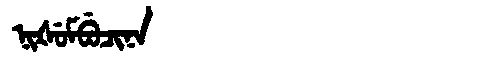
Manchu: ᠨᡳᡧᡠᠮᠪᡠᠴᡳᠨᠠ
Romanization: NIŠUMBUCINA